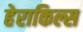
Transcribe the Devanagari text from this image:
हेराकिल्स